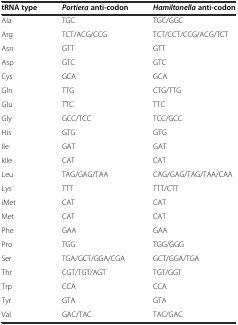
| tRNA type | Portieraanti-codon | Hamiltonellaanti-codon |
 | --- | --- | --- |
 | Ala | TGC | TGC/GGC |
 | Arg | TCT/ACG/CCG | TCT/CCT/CCG/ACG/TCT |
 | Asn | GTT | GTT |
 | Asp | GTC | GTC |
 | Cys | GCA | GCA |
 | Gln | TTG | CTG/TTG |
 | Glu | TTC | TTC |
 | Gly | GCC/TCC | TCC/GCC |
 | His | GTG | GTG |
 | Ile | GAT | GAT |
 | kIle | CAT | CAT |
 | Leu | TAG/GAG/TAA | CAG/GAG/TAG/TAA/CAA |
 | Lys | TTT | TTT/CTT |
 | iMet | CAT | CAT |
 | Met | CAT | CAT |
 | Phe | GAA | GAA |
 | Pro | TGG | TGG/GGG |
 | Ser | TGA/GCT/GGA/CGA | GCT/GGA/TGA |
 | Thr | CGT/TGT/AGT | TGT/GGT |
 | Trp | CCA | CCA |
 | Tyr | GTA | GTA |
 | Val | GAC/TAC | TAC/GAC |